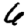
Digit: 6